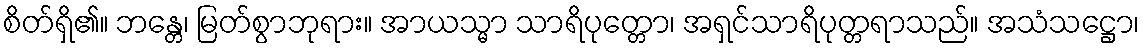
စိတ်ရှိ၏။ ဘန္တေ၊ မြတ်စွာဘုရား။ အာယသ္မာ သာရိပုတ္တော၊ အရှင်သာရိပုတ္တရာသည်။ အသံသဋ္ဌော၊